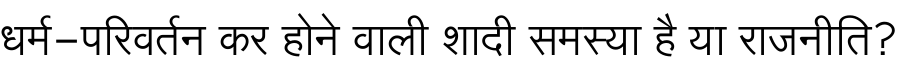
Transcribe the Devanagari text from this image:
धर्म-परिवर्तन कर होने वाली शादी समस्या है या राजनीति?